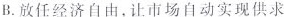
B.放任经济自由，让市场自动实现供求